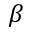
\beta